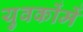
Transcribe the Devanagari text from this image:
युवकोंमें